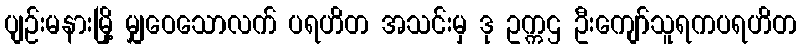
ပျဉ်းမနားမြို့ မျှဝေသောလက် ပရဟိတ အသင်းမှ ဒု ဥက္ကဌ ဦးကျော်သူရကပရဟိတ